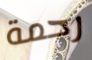
رحمة